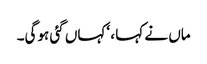
ماں نے کہا ، ‘کہاں گئی ہوگی۔